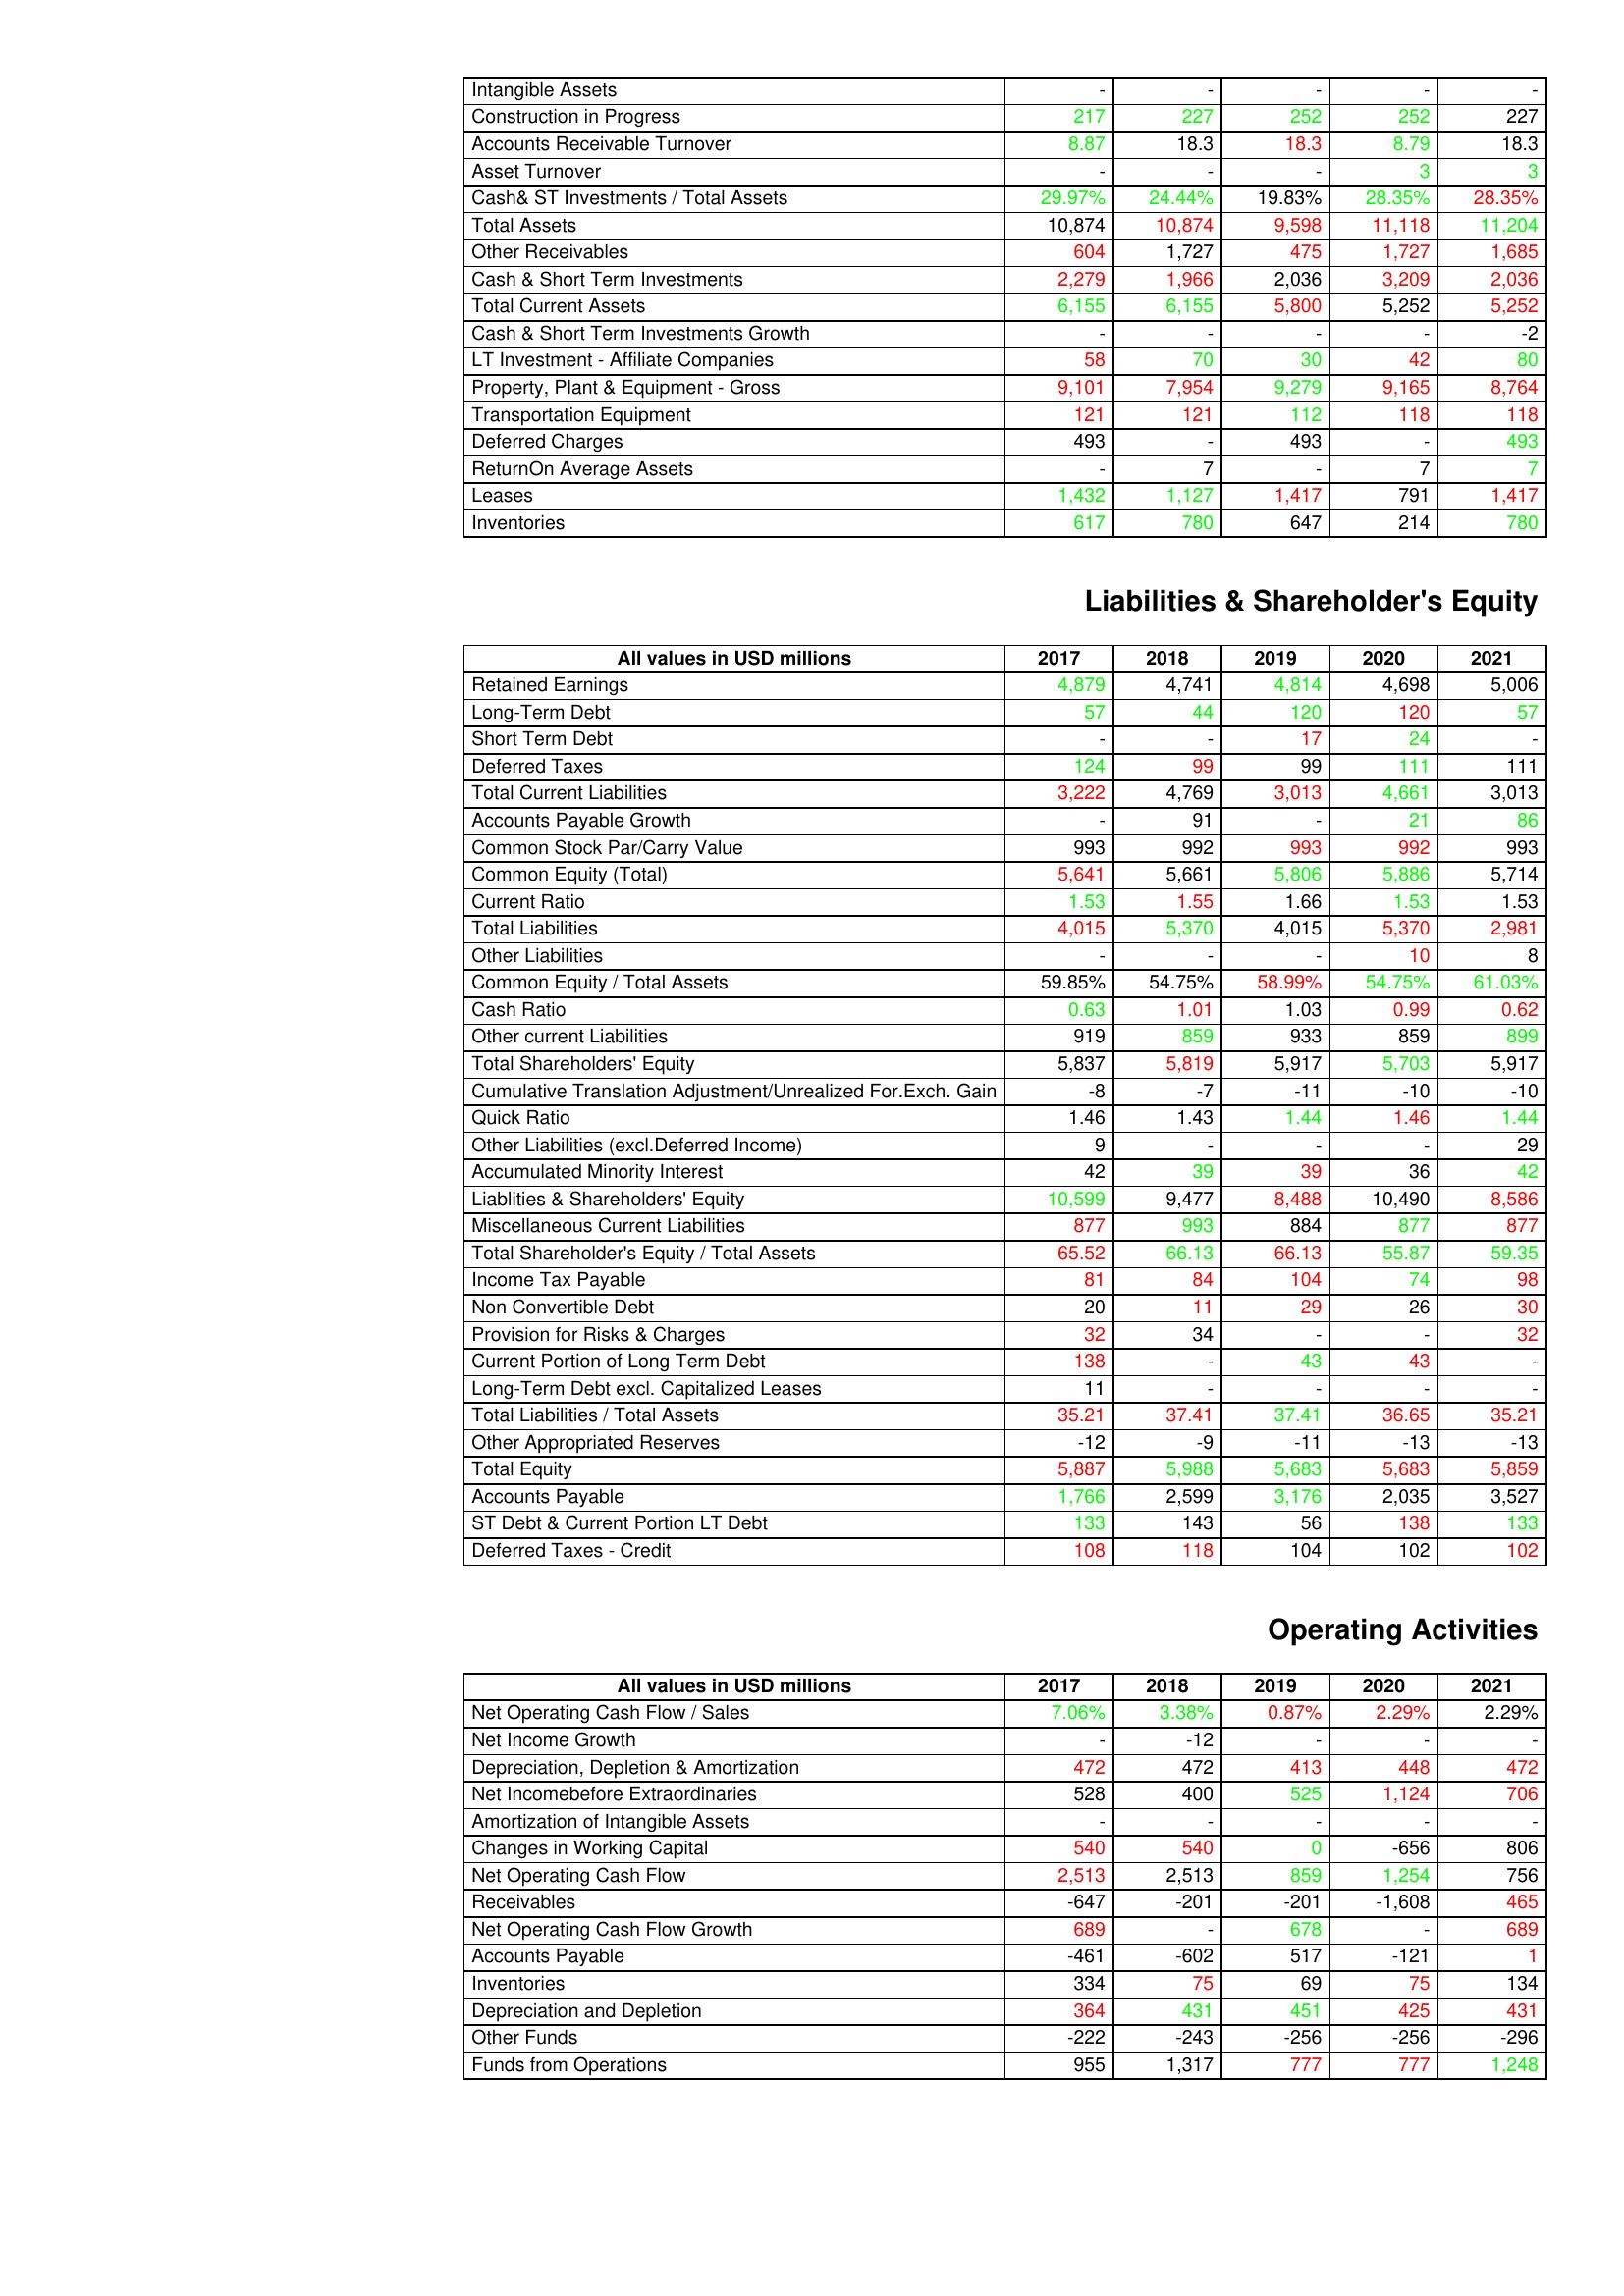
gt_parse: 2017: Assets: Intangible Assets: -
Construction in Progress: 217
Accounts Receivable Turnover: 8.87
Asset Turnover: -
Cash& ST Investments / Total Assets: 29.97%
Total Assets: 10,874
Other Receivables: 604
Cash & Short Term Investments: 2,279
Total Current Assets: 6,155
Cash & Short Term Investments Growth: -
LT Investment - Affiliate Companies: 58
Property, Plant & Equipment - Gross : 9,101
Transportation Equipment: 121
Deferred Charges: 493
ReturnOn Average Assets: -
Leases: 1,432
Inventories: 617
Liabilities & Shareholder's Equity: Retained Earnings: 4,879
Long-Term Debt: 57
Short Term Debt: -
Deferred Taxes: 124
Total Current Liabilities: 3,222
Accounts Payable Growth: -
Common Stock Par/Carry Value: 993
Common Equity (Total): 5,641
Current Ratio: 1.53
Total Liabilities: 4,015
Other Liabilities: -
Common Equity / Total Assets: 59.85%
Cash Ratio: 0.63
Other current Liabilities: 919
Total Shareholders' Equity: 5,837
Cumulative Translation Adjustment/Unrealized For.Exch. Gain: -8
Quick Ratio: 1.46
Other Liabilities (excl.Deferred Income): 9
Accumulated Minority Interest: 42
Liablities & Shareholders' Equity: 10,599
Miscellaneous Current Liabilities: 877
Total Shareholder's Equity / Total Assets: 65.52
Income Tax Payable: 81
Non Convertible Debt: 20
Provision for Risks & Charges: 32
Current Portion of Long Term Debt: 138
Long-Term Debt excl. Capitalized Leases: 11
Total Liabilities / Total Assets: 35.21
Other Appropriated Reserves: -12
Total Equity: 5,887
Accounts Payable: 1,766
ST Debt & Current Portion LT Debt: 133
Deferred Taxes - Credit: 108
Operating Activities: Net Operating Cash Flow / Sales: 7.06%
Net Income Growth: -
Depreciation, Depletion & Amortization: 472
Net Incomebefore Extraordinaries: 528
Amortization of Intangible Assets: -
Changes in Working Capital: 540
Net Operating Cash Flow: 2,513
Receivables: -647
Net Operating Cash Flow Growth: 689
Accounts Payable: -461
Inventories: 334
Depreciation and Depletion: 364
Other Funds: -222
Funds from Operations: 955
2018: Assets: Intangible Assets: -
Construction in Progress: 227
Accounts Receivable Turnover: 18.3
Asset Turnover: -
Cash& ST Investments / Total Assets: 24.44%
Total Assets: 10,874
Other Receivables: 1,727
Cash & Short Term Investments: 1,966
Total Current Assets: 6,155
Cash & Short Term Investments Growth: -
LT Investment - Affiliate Companies: 70
Property, Plant & Equipment - Gross : 7,954
Transportation Equipment: 121
Deferred Charges: -
ReturnOn Average Assets: 7
Leases: 1,127
Inventories: 780
Liabilities & Shareholder's Equity: Retained Earnings: 4,741
Long-Term Debt: 44
Short Term Debt: -
Deferred Taxes: 99
Total Current Liabilities: 4,769
Accounts Payable Growth: 91
Common Stock Par/Carry Value: 992
Common Equity (Total): 5,661
Current Ratio: 1.55
Total Liabilities: 5,370
Other Liabilities: -
Common Equity / Total Assets: 54.75%
Cash Ratio: 1.01
Other current Liabilities: 859
Total Shareholders' Equity: 5,819
Cumulative Translation Adjustment/Unrealized For.Exch. Gain: -7
Quick Ratio: 1.43
Other Liabilities (excl.Deferred Income): -
Accumulated Minority Interest: 39
Liablities & Shareholders' Equity: 9,477
Miscellaneous Current Liabilities: 993
Total Shareholder's Equity / Total Assets: 66.13
Income Tax Payable: 84
Non Convertible Debt: 11
Provision for Risks & Charges: 34
Current Portion of Long Term Debt: -
Long-Term Debt excl. Capitalized Leases: -
Total Liabilities / Total Assets: 37.41
Other Appropriated Reserves: -9
Total Equity: 5,988
Accounts Payable: 2,599
ST Debt & Current Portion LT Debt: 143
Deferred Taxes - Credit: 118
Operating Activities: Net Operating Cash Flow / Sales: 3.38%
Net Income Growth: -12
Depreciation, Depletion & Amortization: 472
Net Incomebefore Extraordinaries: 400
Amortization of Intangible Assets: -
Changes in Working Capital: 540
Net Operating Cash Flow: 2,513
Receivables: -201
Net Operating Cash Flow Growth: -
Accounts Payable: -602
Inventories: 75
Depreciation and Depletion: 431
Other Funds: -243
Funds from Operations: 1,317
2019: Assets: Intangible Assets: -
Construction in Progress: 252
Accounts Receivable Turnover: 18.3
Asset Turnover: -
Cash& ST Investments / Total Assets: 19.83%
Total Assets: 9,598
Other Receivables: 475
Cash & Short Term Investments: 2,036
Total Current Assets: 5,800
Cash & Short Term Investments Growth: -
LT Investment - Affiliate Companies: 30
Property, Plant & Equipment - Gross : 9,279
Transportation Equipment: 112
Deferred Charges: 493
ReturnOn Average Assets: -
Leases: 1,417
Inventories: 647
Liabilities & Shareholder's Equity: Retained Earnings: 4,814
Long-Term Debt: 120
Short Term Debt: 17
Deferred Taxes: 99
Total Current Liabilities: 3,013
Accounts Payable Growth: -
Common Stock Par/Carry Value: 993
Common Equity (Total): 5,806
Current Ratio: 1.66
Total Liabilities: 4,015
Other Liabilities: -
Common Equity / Total Assets: 58.99%
Cash Ratio: 1.03
Other current Liabilities: 933
Total Shareholders' Equity: 5,917
Cumulative Translation Adjustment/Unrealized For.Exch. Gain: -11
Quick Ratio: 1.44
Other Liabilities (excl.Deferred Income): -
Accumulated Minority Interest: 39
Liablities & Shareholders' Equity: 8,488
Miscellaneous Current Liabilities: 884
Total Shareholder's Equity / Total Assets: 66.13
Income Tax Payable: 104
Non Convertible Debt: 29
Provision for Risks & Charges: -
Current Portion of Long Term Debt: 43
Long-Term Debt excl. Capitalized Leases: -
Total Liabilities / Total Assets: 37.41
Other Appropriated Reserves: -11
Total Equity: 5,683
Accounts Payable: 3,176
ST Debt & Current Portion LT Debt: 56
Deferred Taxes - Credit: 104
Operating Activities: Net Operating Cash Flow / Sales: 0.87%
Net Income Growth: -
Depreciation, Depletion & Amortization: 413
Net Incomebefore Extraordinaries: 525
Amortization of Intangible Assets: -
Changes in Working Capital: 0
Net Operating Cash Flow: 859
Receivables: -201
Net Operating Cash Flow Growth: 678
Accounts Payable: 517
Inventories: 69
Depreciation and Depletion: 451
Other Funds: -256
Funds from Operations: 777
2020: Assets: Intangible Assets: -
Construction in Progress: 252
Accounts Receivable Turnover: 8.79
Asset Turnover: 3
Cash& ST Investments / Total Assets: 28.35%
Total Assets: 11,118
Other Receivables: 1,727
Cash & Short Term Investments: 3,209
Total Current Assets: 5,252
Cash & Short Term Investments Growth: -
LT Investment - Affiliate Companies: 42
Property, Plant & Equipment - Gross : 9,165
Transportation Equipment: 118
Deferred Charges: -
ReturnOn Average Assets: 7
Leases: 791
Inventories: 214
Liabilities & Shareholder's Equity: Retained Earnings: 4,698
Long-Term Debt: 120
Short Term Debt: 24
Deferred Taxes: 111
Total Current Liabilities: 4,661
Accounts Payable Growth: 21
Common Stock Par/Carry Value: 992
Common Equity (Total): 5,886
Current Ratio: 1.53
Total Liabilities: 5,370
Other Liabilities: 10
Common Equity / Total Assets: 54.75%
Cash Ratio: 0.99
Other current Liabilities: 859
Total Shareholders' Equity: 5,703
Cumulative Translation Adjustment/Unrealized For.Exch. Gain: -10
Quick Ratio: 1.46
Other Liabilities (excl.Deferred Income): -
Accumulated Minority Interest: 36
Liablities & Shareholders' Equity: 10,490
Miscellaneous Current Liabilities: 877
Total Shareholder's Equity / Total Assets: 55.87
Income Tax Payable: 74
Non Convertible Debt: 26
Provision for Risks & Charges: -
Current Portion of Long Term Debt: 43
Long-Term Debt excl. Capitalized Leases: -
Total Liabilities / Total Assets: 36.65
Other Appropriated Reserves: -13
Total Equity: 5,683
Accounts Payable: 2,035
ST Debt & Current Portion LT Debt: 138
Deferred Taxes - Credit: 102
Operating Activities: Net Operating Cash Flow / Sales: 2.29%
Net Income Growth: -
Depreciation, Depletion & Amortization: 448
Net Incomebefore Extraordinaries: 1,124
Amortization of Intangible Assets: -
Changes in Working Capital: -656
Net Operating Cash Flow: 1,254
Receivables: -1,608
Net Operating Cash Flow Growth: -
Accounts Payable: -121
Inventories: 75
Depreciation and Depletion: 425
Other Funds: -256
Funds from Operations: 777
2021: Assets: Intangible Assets: -
Construction in Progress: 227
Accounts Receivable Turnover: 18.3
Asset Turnover: 3
Cash& ST Investments / Total Assets: 28.35%
Total Assets: 11,204
Other Receivables: 1,685
Cash & Short Term Investments: 2,036
Total Current Assets: 5,252
Cash & Short Term Investments Growth: -2
LT Investment - Affiliate Companies: 80
Property, Plant & Equipment - Gross : 8,764
Transportation Equipment: 118
Deferred Charges: 493
ReturnOn Average Assets: 7
Leases: 1,417
Inventories: 780
Liabilities & Shareholder's Equity: Retained Earnings: 5,006
Long-Term Debt: 57
Short Term Debt: -
Deferred Taxes: 111
Total Current Liabilities: 3,013
Accounts Payable Growth: 86
Common Stock Par/Carry Value: 993
Common Equity (Total): 5,714
Current Ratio: 1.53
Total Liabilities: 2,981
Other Liabilities: 8
Common Equity / Total Assets: 61.03%
Cash Ratio: 0.62
Other current Liabilities: 899
Total Shareholders' Equity: 5,917
Cumulative Translation Adjustment/Unrealized For.Exch. Gain: -10
Quick Ratio: 1.44
Other Liabilities (excl.Deferred Income): 29
Accumulated Minority Interest: 42
Liablities & Shareholders' Equity: 8,586
Miscellaneous Current Liabilities: 877
Total Shareholder's Equity / Total Assets: 59.35
Income Tax Payable: 98
Non Convertible Debt: 30
Provision for Risks & Charges: 32
Current Portion of Long Term Debt: -
Long-Term Debt excl. Capitalized Leases: -
Total Liabilities / Total Assets: 35.21
Other Appropriated Reserves: -13
Total Equity: 5,859
Accounts Payable: 3,527
ST Debt & Current Portion LT Debt: 133
Deferred Taxes - Credit: 102
Operating Activities: Net Operating Cash Flow / Sales: 2.29%
Net Income Growth: -
Depreciation, Depletion & Amortization: 472
Net Incomebefore Extraordinaries: 706
Amortization of Intangible Assets: -
Changes in Working Capital: 806
Net Operating Cash Flow: 756
Receivables: 465
Net Operating Cash Flow Growth: 689
Accounts Payable: 1
Inventories: 134
Depreciation and Depletion: 431
Other Funds: -296
Funds from Operations: 1,248